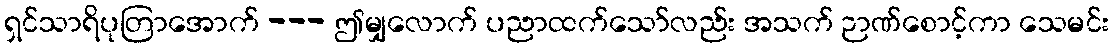
ရှင်သာရိပုတြာအောက် --- ဤမျှလောက် ပညာထက်သော်လည်း အသက် ဉာဏ်စောင့်ကာ သေမင်း